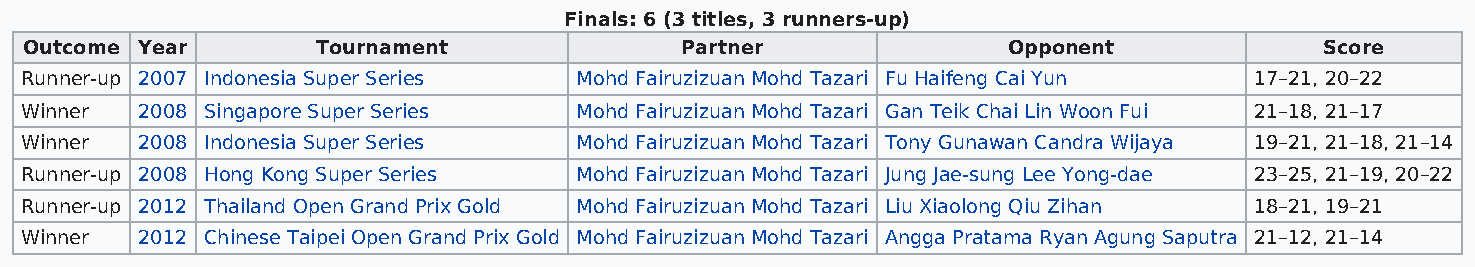
Finals: 6 (3 titles, 3 runners-up)
 Outcome Year       Tournament              Partner               Opponent             Score
 Runner-up 2007 Indonesia Super Series Mohd Fairuzizuan Mohd Tazari Fu Haifeng Cai Yun 17–21, 20–22
 Winner  2008 Singapore Super Series  Mohd Fairuzizuan Mohd Tazari Gan Teik Chai Lin Woon Fui 21–18, 21–17
 Winner  2008 Indonesia Super Series  Mohd Fairuzizuan Mohd Tazari Tony Gunawan Candra Wijaya 19–21, 21–18, 21–14
 Runner-up 2008 Hong Kong Super Series Mohd Fairuzizuan Mohd Tazari Jung Jae-sung Lee Yong-dae 23–25, 21–19, 20–22
 Runner-up 2012 Thailand Open Grand Prix Gold Mohd Fairuzizuan Mohd Tazari Liu Xiaolong Qiu Zihan 18–21, 19–21
 Winner  2012 Chinese Taipei Open Grand Prix Gold Mohd Fairuzizuan Mohd Tazari Angga Pratama Ryan Agung Saputra 21–12, 21–14